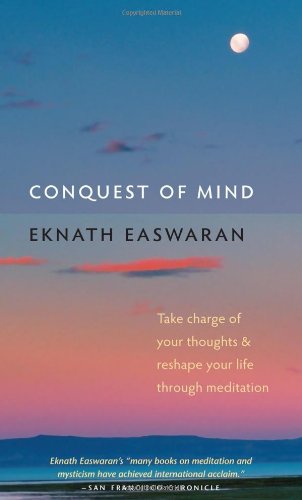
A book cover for Conquest of Mind: Take Charge of Your Thoughts and Reshape Your Life Through Meditation (Essential Easwaran Library); Eknath Easwaran; Politics & Social Sciences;